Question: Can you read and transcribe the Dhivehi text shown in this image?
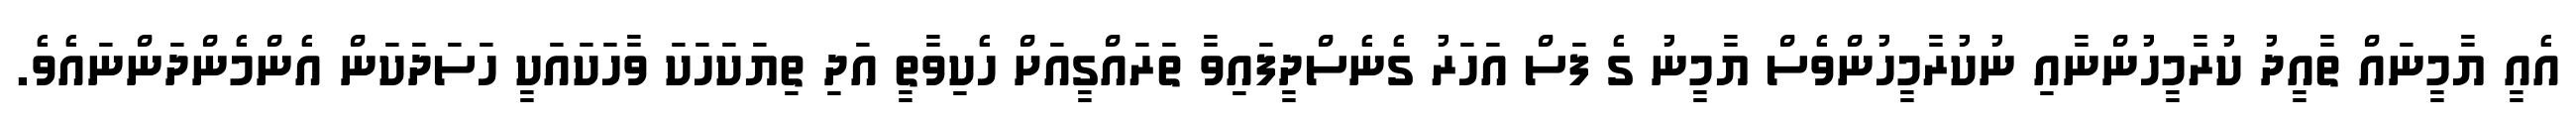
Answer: އެއީ ޔާމީނައް ތާއީދު ކުރާމީހުންނާއި ނުކުރާމީހުންވެސް ޔާމީނު ގެ ފަސް އަހަރު ގެނެސްދީފައިވާ ތަރައްގީއަށް ހެކިވާތީ އަދި ތިޔަކަހަކަ ވާހަކައަކީ ހަސަދަކަން އެންމެންދަންނައެވެ.